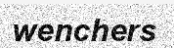
wenchers